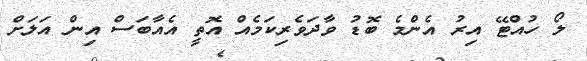
ލޯ ހުއްޓޭ އިރު އެންމެ ބޮޑު ވާދަވެރިކަމެއް އޮތީ އެއާބަސް އިން އަލަށް